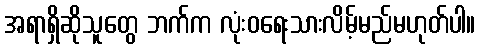
အရာရှိဆိုသူတွေ ဘက်က လုံးဝရေးသားလိမ့်မည်မဟုတ်ပါ။